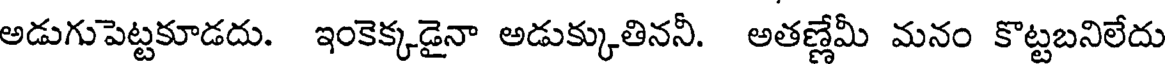
అడుగుపెట్టకూడదు. ఇంకెక్కడైనా అడుక్కుతిననీ. అతణ్ణేమీ మనం కొట్టబనిలేదు